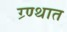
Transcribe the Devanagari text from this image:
ग्र्ण्थात